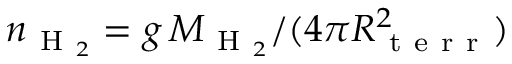
n _ { \mathrm { ~ H ~ } _ { 2 } } = g \, M _ { \mathrm { ~ H ~ } _ { 2 } } / ( 4 \pi R _ { \mathrm { ~ t ~ e ~ r ~ r ~ } } ^ { 2 } )